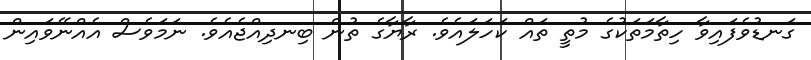
ގަނޑުވެފައިވާ ހިތާމަތަކުގެ މުތީ ތައް ކަހަލައެވެ. ރާޔާގެ ތުން ބިނދިއްޖެއެވެ. ނަމަވެސް އެއްނޭވައިން